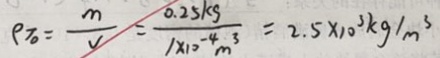
\rho 7 _ { 0 } = \frac { m } { v } = \frac { 0 . 2 5 k g } { 1 \times 1 0 ^ { - 4 } m ^ { 3 } } = 2 . 5 \times 1 0 ^ { 3 } k g / m ^ { 3 }